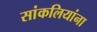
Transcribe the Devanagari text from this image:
सांकलियांना